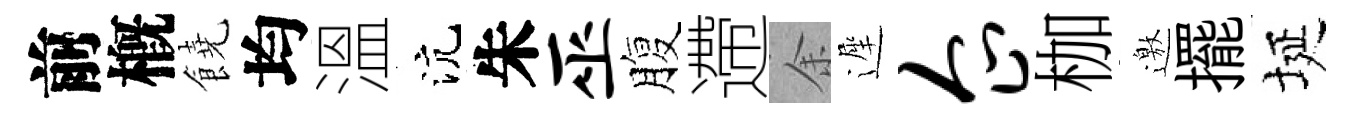
前槪饒均溫沆朱巫腹遰余遲企枷邀擺埏